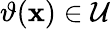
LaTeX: \vartheta(\mathbf{x})\in\mathcal{U}